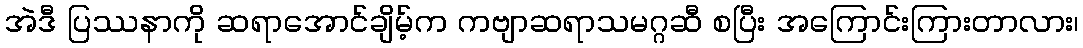
အဲဒီ ပြဿနာကို ဆရာအောင်ချိမ့်က ကဗျာဆရာသမဂ္ဂဆီ စပြီး အကြောင်းကြားတာလား၊